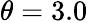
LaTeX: \theta=3.0